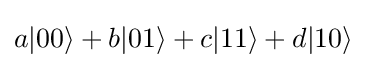
a|00\rangle +b|01\rangle +c|11\rangle +d|10\rangle